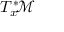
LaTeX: T _ { x } ^ { * } \! { \mathcal { M } }